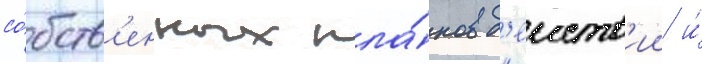
со́бств'енных пла́нов д'еиств'ии и́